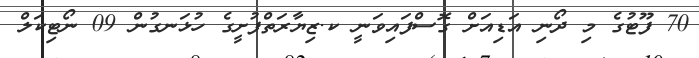
70 ފޫޓުގެ މި ދޯނި އަޑިއަށް ގޮސްފައިވަނީ ކ.ޒިޔާރަތްފުށީގެ ހުޅަނގުން 09 ނޯޓިކަލް